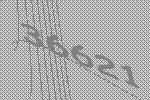
36621